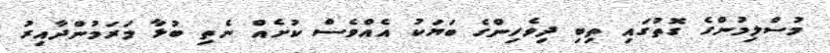
މުސްލިމުންގެ ގޮތުގައި ތިބި ދިވެހިންގެ ބަޔަކު އެއްވެސް ކުށެއް ނެތި ބުޅާ މަރަމުންދާއިރު